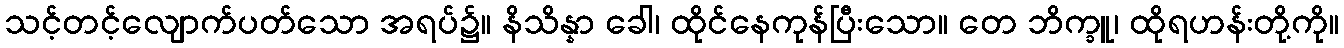
သင့်တင့်လျောက်ပတ်သော အရပ်၌။ နိသိန္နာ ခေါ၊ ထိုင်နေကုန်ပြီးသော။ တေ ဘိက္ခူ၊ ထိုရဟန်းတို့ကို။